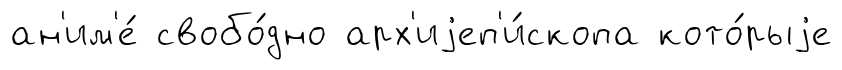
ан'им'е́ свобо́дно арх'иjеп'и́скопа кото́рыjе